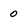
Character: 0